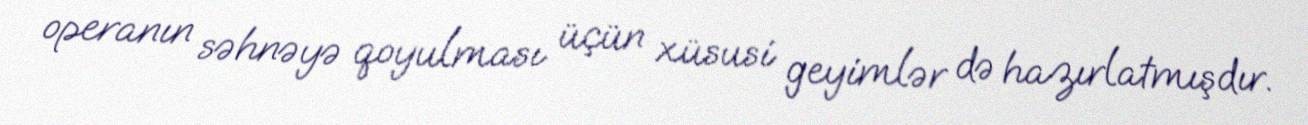
operanın səhnəyə qoyulması üçün xüsusi geyimlər də hazırlatmışdır.